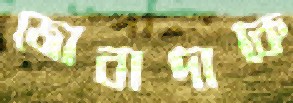
জোবাদাকে